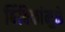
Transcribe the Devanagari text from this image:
बिंबिकांमुळे